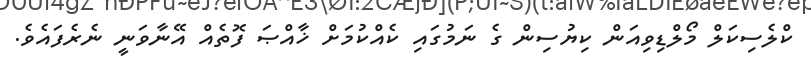
ކްލެސިކަލް މޯލްޑިވިއަން ކިޔުސިން ގެ ނަމުގައި ކެއްކުމަށް ޚާއްޞަ ފޮތެއް އޭނާވަނީ ނެރެފައެވެ.